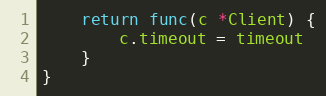
Language: Go
	return func(c *Client) {
		c.timeout = timeout
	}
}